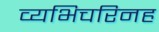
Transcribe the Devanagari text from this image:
व्यभिचरिनह